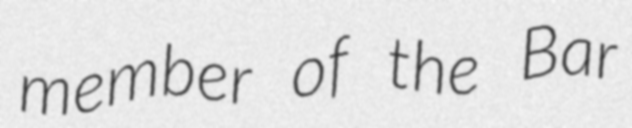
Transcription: member of the Bar